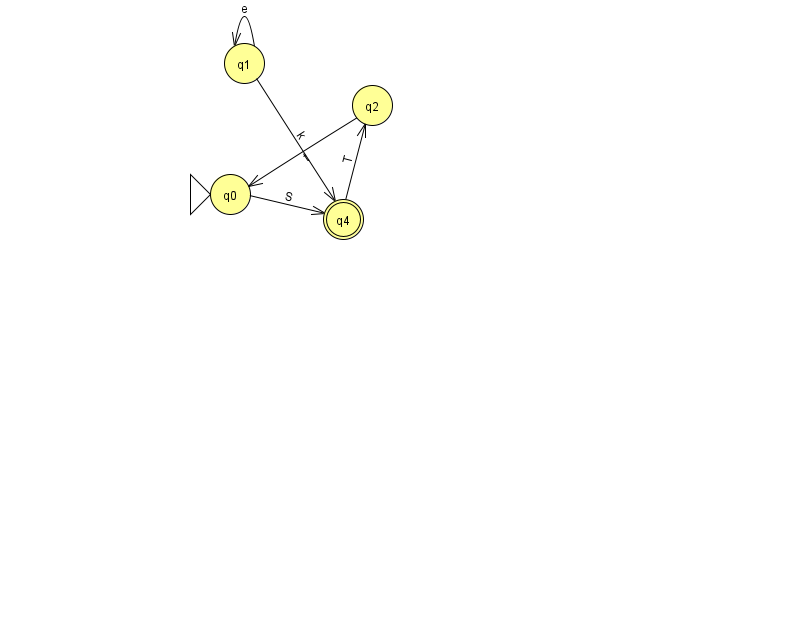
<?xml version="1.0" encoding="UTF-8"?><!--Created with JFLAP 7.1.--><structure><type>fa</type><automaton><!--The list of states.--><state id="0" name="q0"><x>230.0</x><y>181.0</y><initial/></state><state id="1" name="q1"><x>244.0</x><y>50.0</y></state><state id="2" name="q2"><x>372.0</x><y>92.0</y></state><state id="4" name="q4"><x>343.0</x><y>206.0</y><final/></state><!--The list of transitions.--><transition><from>0</from><to>4</to><read>S</read></transition><transition><from>1</from><to>1</to><read>e</read></transition><transition><from>4</from><to>2</to><read>T</read></transition><transition><from>1</from><to>4</to><read>k</read></transition><transition><from>2</from><to>0</to><read>t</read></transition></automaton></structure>